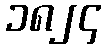
၁၈၂၄